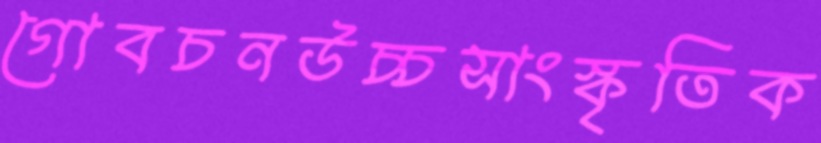
গোবচনউচ্চসাংস্কৃতিক